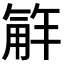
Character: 𮗮